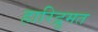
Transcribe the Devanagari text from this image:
हारिद्रुमत